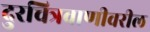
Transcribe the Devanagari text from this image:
दुरचित्रवाणीवरील